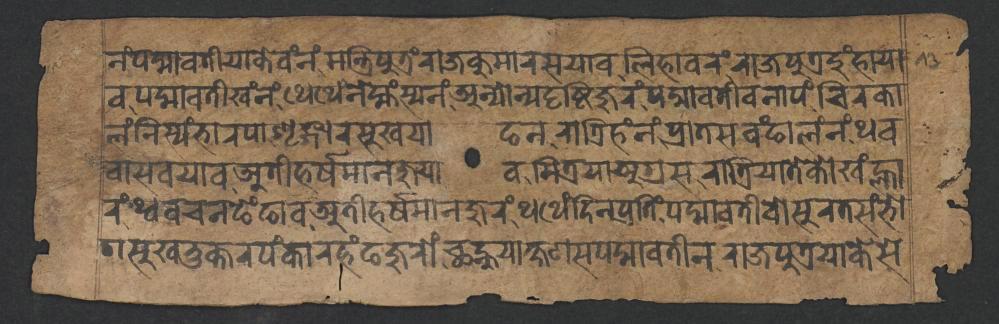
𑐣𑑄𑐥𑐡𑑂𑐩𑐵𑐰𑐟𑐷𑐫𑐵𑐎𑐾𑐰𑑄𑐣𑑄𑐩𑐣𑑂𑐟𑑂𑐬𑐶𑐥𑐸𑐟𑑂𑐬𑑄𑐬𑐵𑐖𑐎𑐸𑐩𑐵𑐬𑐳𑐫𑐵𑐰𑐮𑐶𑐴𑐵𑐰𑐬𑑄𑐬𑐵𑐖𑐥𑐸𑐟𑑂𑐬𑐡𑐸𑑄𑐴𑐵𑐫𑐵 𑐰𑐥𑐡𑑂𑐩𑐵𑐰𑐟𑐷𑐏𑑄𑐣𑑄𑐠𑐾𑐠𑐾𑐣𑐾𑐩𑑂𑐴𑑄𑐳𑑂𑐫𑐣𑑄𑐀𑐣𑑂𑐫𑑀𑐣𑑂𑐫𑐡𑐺𑐲𑑂𑐚𑐶𑐖𑐸𑐬𑑄𑐥𑐡𑑂𑐩𑐵𑐰𑐟𑐷𑐰𑐣𑐵𑐥𑑄𑐔𑐶𑐬𑐎𑐵 𑐮𑑄𑐣𑐶𑐳𑑂𑐫𑑄𑐨𑐵𑐬𑐥𑐵𑐱𑐺𑐒𑑂𑐐𑐵𑐬𑐳𑐸𑐏𑐫𑐵𑐒𑐣𑐬𑐵𑐟𑑂𑐬𑐶𑐴𑑄𑐣𑑄𑐥𑑂𑐬𑐵𑐟𑐳𑐰𑑄𑐒𑐵𑐮𑑄𑐣𑑄𑐠𑐰 𑐬𑑄𑐠𑑂𑐰𑐰𑐔𑐣𑐒𑐾𑑄𑐒𑐵𑐰𑐀𑐟𑐷𑐴𑐬𑑂𑐲𑐩𑐵𑐣𑐖𑐸𑐬𑑄𑐠𑐠𑐾𑑄𑐡𑐶𑐣𑐥𑑂𑐬𑐟𑐶𑑄𑐥𑐡𑑂𑐩𑐵𑐰𑐟𑐷𑐰𑑀𑐄𑐬𑐟𑐳𑑄𑐨𑑀 𑐰𑐵𑐳𑐰𑐫𑐵𑐰𑐀𑐟𑐷𑐴𑐬𑑂𑐲𑐩𑐵𑐣𑐖𑐸𑐫𑐵𑐰𑐩𑐶𑐟𑑂𑐬𑐫𑐵𑐀𑐐𑑂𑐬𑐳𑐬𑐵𑐟𑑂𑐬𑐶𑐫𑐵𑐟𑐾𑐎𑑀𑐏𑑄𑐮𑑂𑐴𑐵 𑐐𑐳𑐸𑐏𑐨𑐸𑐎𑑂𑐟𑐬𑐥𑑄𑐎𑐵𑐬𑐴𑑄𑐒𑐖𑐸𑐬𑑀𑑄𑐕𑐣𑑂𑐴𑐸𑐫𑐵𑐎𑑂𑐲𑐞𑐳𑐥𑐡𑑂𑐩𑐵𑐰𑐟𑐷𑐣𑐬𑐵𑐖𑐥𑐸𑐟𑑂𑐬𑐫𑐵𑐎𑐾𑐳𑐾